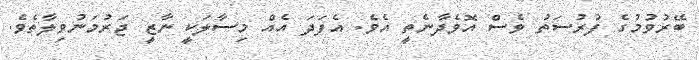
ބޭރުވުމުގެ ފުރުސަތު ވެސް އޮވެދާނެތީ އެވެ. އެފަދަ އެއް މިސާލަކީ ނާޒީ ޖަރުމަނުވިލާތެވެ.